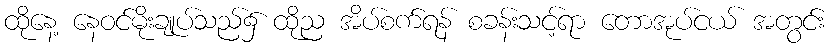
ထိုနေ့ နေဝင်မိုးချုပ်သည်၌ ထိုည အိပ်စက်ရန် စခန်းသင့်ရာ တောအုပ်ငယ် အတွင်း